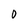
Character: 0